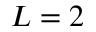
L = 2